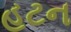
હટન